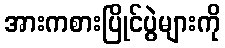
အားကစားပြိုင်ပွဲများကို